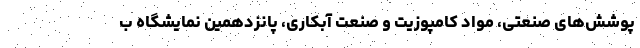
پوشش‌های صنعتی، مواد کامپوزیت و صنعت آبکاری، پانزدهمین نمایشگاه ب